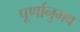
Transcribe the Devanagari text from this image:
पूर्णानुभव